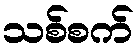
သစ်စက်